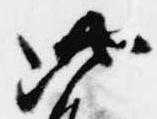
此